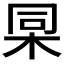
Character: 𣑸